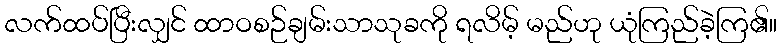
လက်ထပ်ပြီးလျှင် ထာဝစဉ်ချမ်းသာသုခကို ရလိမ့် မည်ဟု ယုံကြည်ခဲ့ကြ၏။